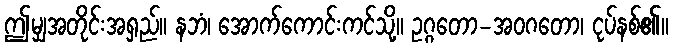
ဤမျှအတိုင်းအရှည်။ နဘံ၊ အောက်ကောင်းကင်သို့။ ဥဂ္ဂတော-အဝဂတော၊ ငုပ်နစ်၏။